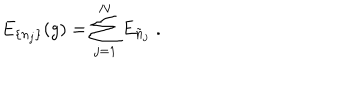
LaTeX: E _ { \{ n _ { j } \} } ( g ) = \sum _ { j = 1 } ^ { N } E _ { \tilde { n } _ { j } } \; .